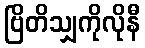
ဗြိတိသျှကိုလိုနီ